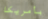
بأمريكا